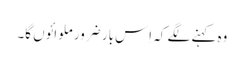
وہ کہنے لگے کہ اِس بار ضرور ملوائوں گا۔